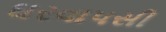
ઘરવાપસી